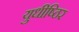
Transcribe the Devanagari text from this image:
युधीष्ठिर